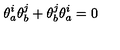
\theta _ { a } ^ { i } \theta _ { b } ^ { j } + \theta _ { b } ^ { j } \theta _ { a } ^ { i } = 0